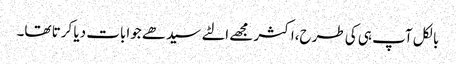
بالکل آپ ہی کی طرح،اکثر مجھے الٹے سیدھے جوابات دیا کرتا تھا۔